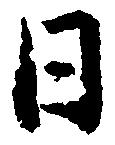
日